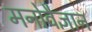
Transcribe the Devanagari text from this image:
मनोवैज्ञान